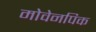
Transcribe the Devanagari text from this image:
मोवेनपिक